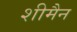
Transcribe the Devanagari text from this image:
शीमैन